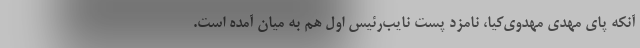
آنکه پای مهدی مهدوی‌کیا، نامزد پست نایب‌رئیس اول هم به میان آمده است.